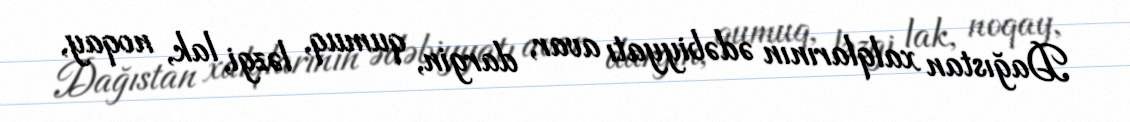
Dağıstan xalqlarının ədəbiyyatı avar, dargin, qumuq, ləzgi, lak, noqay,